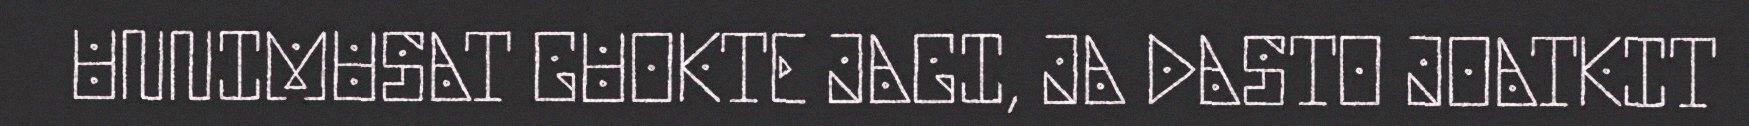
UNNIMUSAT GUOKTE JAGI, JA DASTO JOATKIT